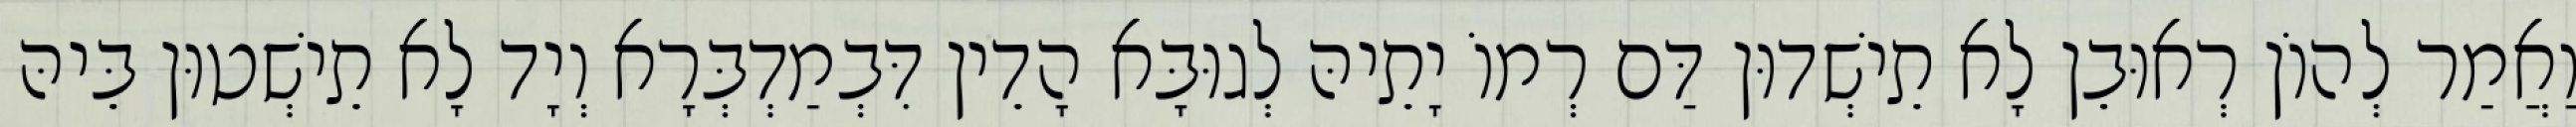
וַאֲמַר לְהוֹן רְאוּבֵן לָא תֵישְׁדוּן דַּם רְמוֹ יָתֵיהּ לְגוּבָּא הָדֵין דִּבְמַדְבְּרָא וְיָד לָא תֵישְׁטוּן בֵּיהּ